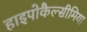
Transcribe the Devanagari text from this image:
हाइपोकैल्सीमिया